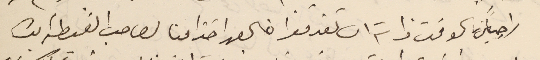
راجياً في الوقت ذاته ان تقدموا خالص احترامنا لصاحب الغبطه ايده